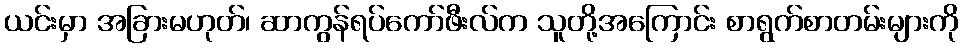
ယင်းမှာ အခြားမဟုတ်၊ ဆာကွန်ရပ်ကော်ဖီးလ်က သူတို့အကြောင်း စာရွက်စာတမ်းများကို